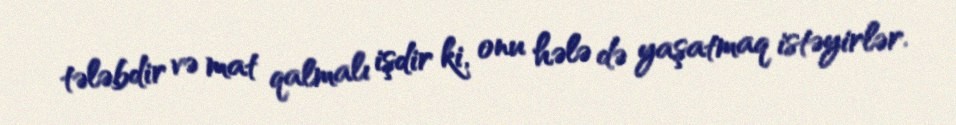
tələbdir və mat qalmalı işdir ki, onu hələ də yaşatmaq istəyirlər.